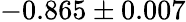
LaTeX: -0.865\pm 0.007